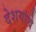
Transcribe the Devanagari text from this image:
देशयांचे